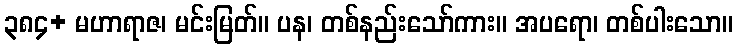
၃၈၄+ မဟာရာဇ၊ မင်းမြတ်။ ပန၊ တစ်နည်းသော်ကား။ အပရော၊ တစ်ပါးသော။